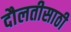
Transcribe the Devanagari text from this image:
दौलतीसाठी